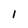
Character: 1